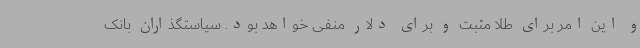
و این امر برای طلا مثبت و برای دلار منفی خواهد بود. سیاستگذاران بانک